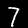
Label: 7